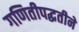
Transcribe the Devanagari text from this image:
गणितीपद्धतीने